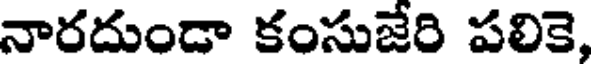
నారదుండా కంసుజేరి పలికె,